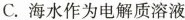
C.海水作为电解质溶液